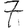
Digit: 7